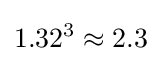
1.32^{3}\approx 2.3